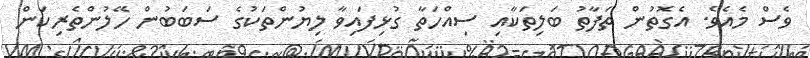
ވެސް މެއެވެ. އެގޮތުން ތަފާތު ބަލިތަކާއި ސިއްހަތާ ގުޅިފައިވާ ލިޔުންތަކުގެ ސަބަބުން ހޭލުންތެރިކަން